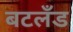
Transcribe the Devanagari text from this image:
बटलँड